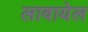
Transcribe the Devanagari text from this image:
लावायेल